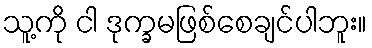
သူ့ကို ငါ ဒုက္ခမဖြစ်စေချင်ပါဘူး။